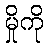
မှိုကို